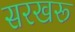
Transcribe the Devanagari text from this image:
सरखरू